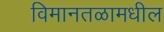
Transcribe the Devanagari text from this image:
विमानतळामधील